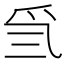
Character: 𤓸